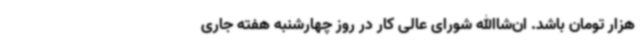
هزار تومان باشد. ان‌شاالله شورای عالی کار در روز چهارشنبه هفته جاری